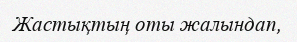
Жастықтың оты жалындап,